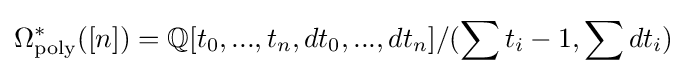
\Omega _{\text{poly}}^{*}([n])=\mathbb {Q} [t_{0},...,t_{n},dt_{0},...,dt_{n}]/(\sum t_{i}-1,\sum dt_{i})